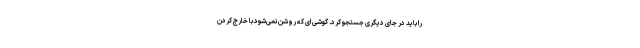
را باید در جای دیگری جستجو کرد. گوشی ای که روشن نمی‌شود با خارج کردن